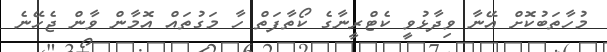
މުހާތަބުކޮށް އޭނާ ވިދާޅުވީ ކެޓްރީނާގެ ކޯތާފަތް ހާ މަގުތައް އޮމާން ވާން ޖެހޭނެ